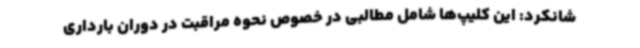
شانکرد: این کلیپ‌ها شامل مطالبی در خصوص نحوه مراقبت در دوران بارداری